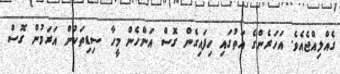
ގެއްލިއްޖެއެވެ. އަހަރެންގެ އަތުގައި ހިފައިގެން ގޮސް އަންހެން މީހާ ސިޑިތަކުން އަރަމުން ގޮސް